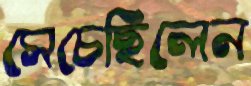
সেচেছিলেন